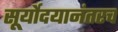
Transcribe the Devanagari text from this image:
सूर्योदयानंतरच